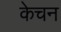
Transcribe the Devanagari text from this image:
केचन